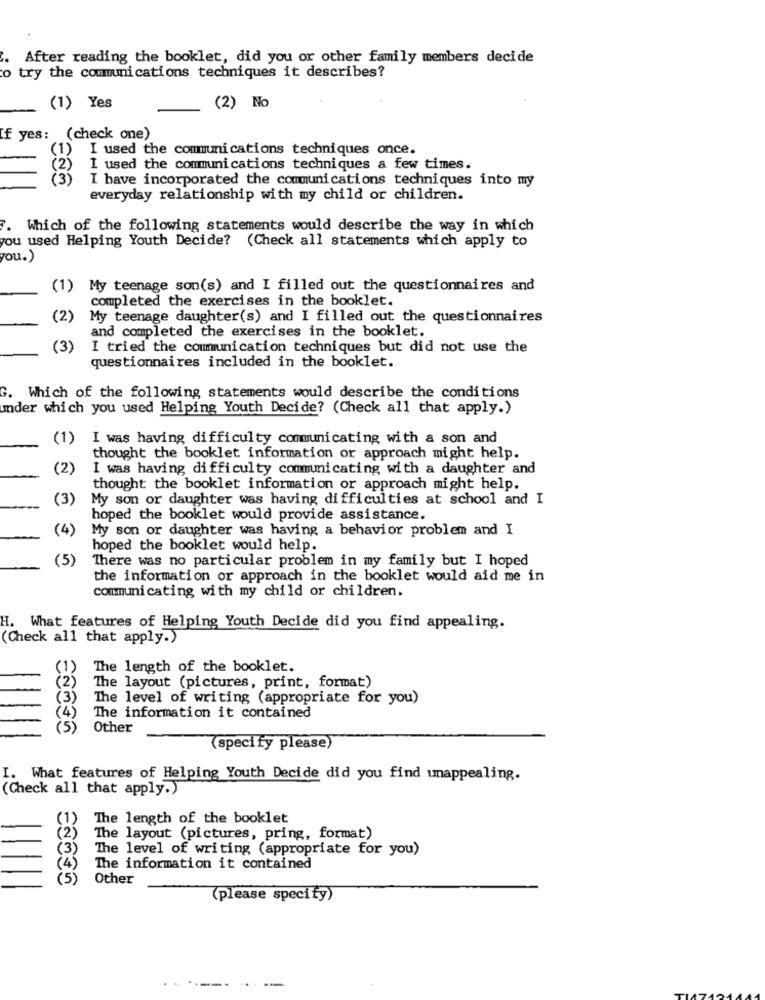
After reading the booklet, did you or other family members decide
o try the communications techniques it describes?
(1) Yes
(2) No
If yes: (check one)
I used the communications techniques once.
(1)
(2)
I used the communications techniques a few times.
( 3 )
I have incorporated the communications techniques into my
everyday relationship with my child or children.
7. Which of the following statements would describe the way in which
you used Helping Youth Decide? (Check all statements which apply to
you.)
(1) My teenage son(s) and I filled out the questionnaires and
completed the exercises in the booklet.
(2)
My teenage daughter(s) and I filled out the questionnaires
and completed the exercises in the booklet.
(3)
I tried the communication techniques but did not use the
questionnaires included in the booklet.
G. Which of the following statements would describe the conditions
umder which you used Helping Youth Decide? (Check all that apply.)
(1)
I was having difficulty communicating with a son and
thought the booklet information or approach might help.
(2)
I was having difficulty communicating with a daughter and
thought the booklet information or approach might help.
(3)
My son or daughter was having difficulties at school and I
hoped the booklet would provide assistance.
(4)
My son or daughter was having a behavior problem and I
hoped the booklet would help.
(5)
There was no particular problem in my family but I hoped
the information or approach in the booklet would aid me in
communicating with my child or children.
H. What features of Helping Youth Decide did you find appealing.
(Check all that apply.)
The length of the booklet.
The layout (pictures, print, format)
The level of writing (appropriate for you)
The information it contained
(5)
Other
(specify please)
What features of Helping Youth Decide did you find unappealing.
(Check all that apply.)
The length of the booklet
The layout (pictures, pring, format)
The level of writing (appropriate for you)
The information it contained
(5)
Other
(please specify)
--